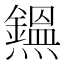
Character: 𤒸